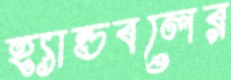
হ্যান্ডবলের